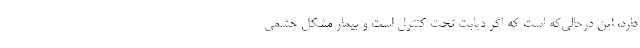
دارد، این درحالی‌که است که اگر دیابت تحت کنترل است و بیمار مشکل چشمی